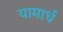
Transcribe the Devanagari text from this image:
यामार्ध